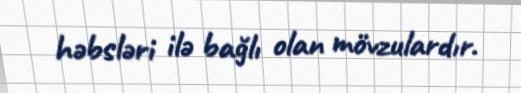
həbsləri ilə bağlı olan mövzulardır.